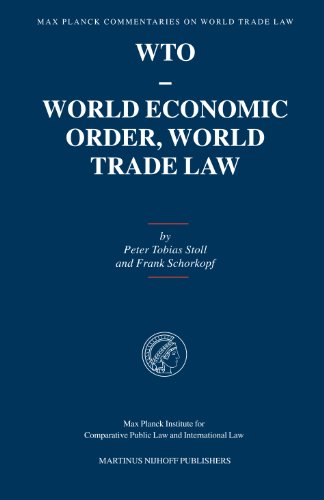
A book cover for Max Planck Commentaries on World Trade Law: WTO - World Economic Order, World Trade Law; Peter-Tobias Stoll; Law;